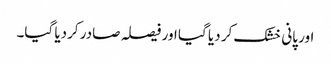
اور پانی خشک کر دیا گیا اور فیصلہ صادر کردیا گیا۔